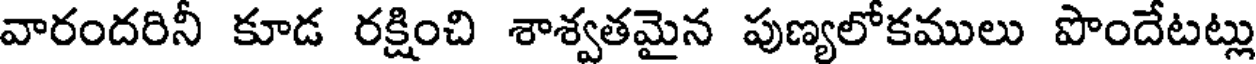
వారందరినీ కూడ రక్షించి శాశ్వతమైన పుణ్యలోకములు పొందేటట్లు